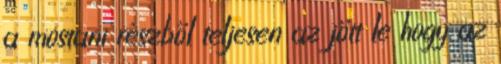
a mostani részből teljesen az jött le hogy az